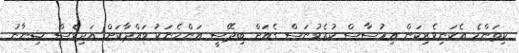
ކިތަންމެ އެކަނިވެރިކަން އިހުސާސް ކުރެވުނަސް ގެއަށް ބިދޭސީ އަންހެނަކު ވައްދާކަށް އަދިވެސް ޝިނާނު